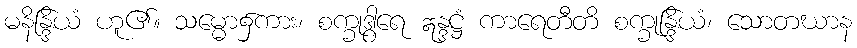
မနိန္ဒြိယံ ဟူ၏။ သမ္မော၌ကား၊ စက္ခုဒွါရေ ဣန္ဒဋ္ဌံ ကာရေတီတိ စက္ခုန္ဒြိယံ၊ သောတဃာန